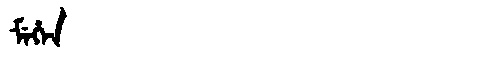
Manchu: ᠮᡝᡥᡝᠨ
Romanization: MEHEN